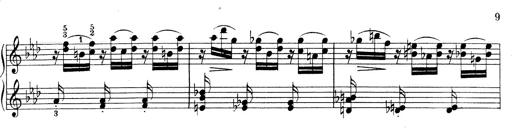
Title: Weinen, Klagen, Sorgen, Zagen
Composer: Franz Liszt